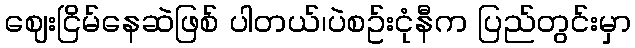
ဈေးငြိမ်နေဆဲဖြစ် ပါတယ်၊ပဲစဥ်းငုံနီက ပြည်တွင်းမှာ